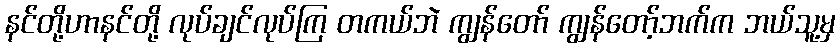
နင်တို့ဟာနင်တို့ လုပ်ချင်လုပ်ကြ တကယ်ဘဲ ကျွန်တော် ကျွန်တော့်ဘက်က ဘယ်သူ့မှ